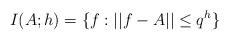
LaTeX: \begin{align*}I(A;h) = \{f:||f-A||\leq q^h\}\end{align*}